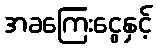
အခကြေးငွေနှင့်